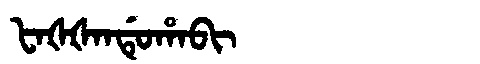
Manchu: ᡶᠠᡧᡧᠠᠨᡩᡠᡥᠠᠪᡳ
Romanization: FAŠŠANDUHABI